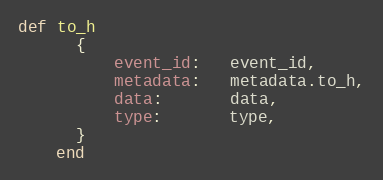
Language: Ruby
def to_h
      {
          event_id:   event_id,
          metadata:   metadata.to_h,
          data:       data,
          type:       type,
      }
    end